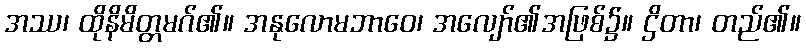
အဿ၊ ထိုနိမိတ္တမဂ်၏။ အနုလောမဘာဝေ၊ အလျော်၏အဖြစ်၌။ ဌိတာ၊ တည်၏။